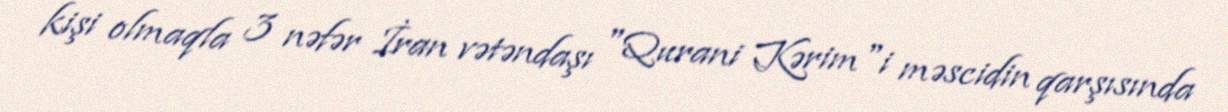
kişi olmaqla 3 nəfər İran vətəndaşı "Qurani Kərim"i məscidin qarşısında